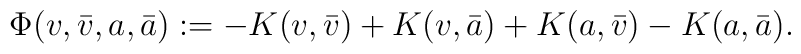
\Phi( v ,\bar v ,a,\bar a):=-K( v ,\bar  v )+K( v ,\bar a)+K(a,\bar v )-K(a,\bar a).